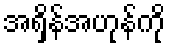
အရှိန်အဟုန်ကို